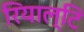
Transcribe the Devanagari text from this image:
रियाल्टि